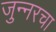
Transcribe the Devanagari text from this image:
जुन्नरचा